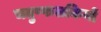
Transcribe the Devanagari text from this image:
चतुष्फलकियों